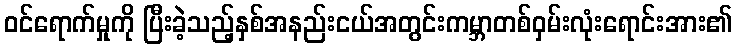
ဝင်ရောက်မှုကို ပြီးခဲ့သည့်နှစ်အနည်းငယ်အတွင်းကမ္ဘာတစ်ဝှမ်းလုံးရောင်းအား၏